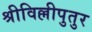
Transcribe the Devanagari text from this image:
श्रीविल्लीपुतुर